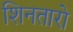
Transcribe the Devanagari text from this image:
शिनतारो